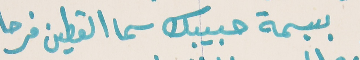
ببسمة حبيبك سما القطين فرحا